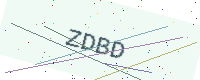
Text: ZDBD